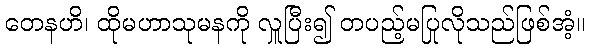
တေနဟိ၊ ထိုမဟာသုမနကို လှူပြီး၍ တပည့်မပြုလိုသည်ဖြစ်အံ့။